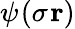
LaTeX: \psi_{}^{}(\sigma_{}\mathbf{r})